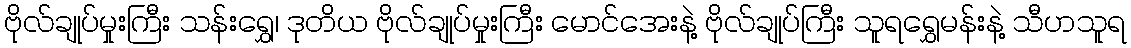
ဗိုလ်ချုပ်မှုးကြီး သန်းရွှေ၊ ဒုတိယ ဗိုလ်ချုပ်မှုးကြီး မောင်အေးနဲ့ ဗိုလ်ချုပ်ကြီး သူရရွှေမန်းနဲ့ သီဟသူရ